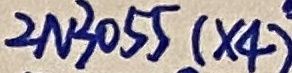
Text: 2N3055(×4)